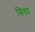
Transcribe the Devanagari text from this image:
सिधद